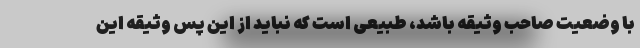
با وضعیت صاحب وثیقه باشد، طبیعی است که نباید از این پس وثیقه این